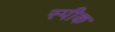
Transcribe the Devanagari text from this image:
स्‍पीक